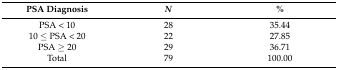
<table><thead><tr><td><b>PSA Diagnosis</b></td><td><b><i>N</i></b></td><td><b>%</b></td></tr></thead><tbody><tr><td>PSA &lt; 10</td><td>28</td><td>35.44</td></tr><tr><td>10 ≤ PSA &lt; 20</td><td>22</td><td>27.85</td></tr><tr><td>PSA ≥ 20</td><td>29</td><td>36.71</td></tr><tr><td>Total</td><td>79</td><td>100.00</td></tr></tbody></table>